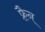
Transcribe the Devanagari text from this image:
फ़्रैन